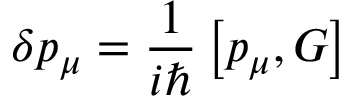
\delta p _ { \mu } = \frac { 1 } { i \hbar } \left[ p _ { \mu } , G \right]